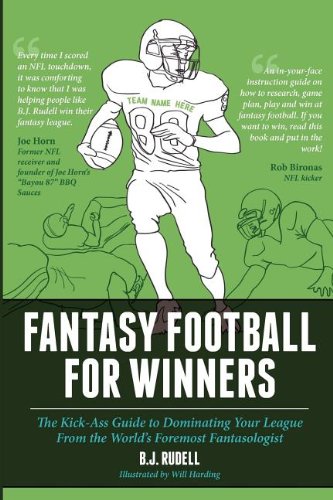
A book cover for Fantasy Football for Winners: The Kick-Ass Guide to Dominating Your League From the World's Foremost Fantasologist; B. J. Rudell; Humor & Entertainment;